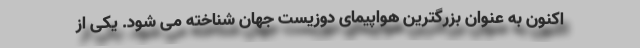
اکنون به عنوان بزرگترین هواپیمای دوزیست جهان شناخته می شود. یکی از